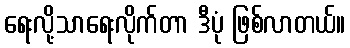
ရေးလို့သာရေးလိုက်တာ ဒီပုံ ဖြစ်လာတယ်။